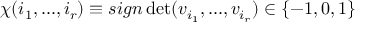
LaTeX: \chi ( i _ { 1 } , . . . , i _ { r } ) \equiv s i g n \operatorname * { d e t } ( v _ { i _ { 1 } } , . . . , v _ { i _ { r } } ) \in \{ - 1 , 0 , 1 \}